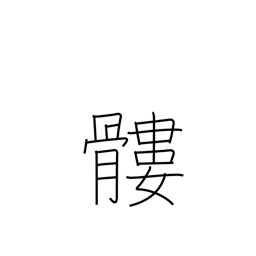
Meaning: skull